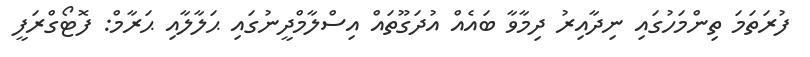
ފުރަތަމަ ތިންމަހުގައި ނިދާއިރު ދިމާވާ ބައެއް އުދަގޫތައް އިސްލާމްދީނުގައި ޙަލާލާއި ޙަރާމް: ފޮޓޯގްރަފީ